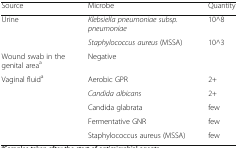
<table><thead><tr><td><b>Source</b></td><td><b>Microbe</b></td><td><b>Quantity</b></td></tr></thead><tbody><tr><td rowspan="2">Urine</td><td><i>Klebsiella pneumoniae subsp. pneumoniae</i></td><td>10^8</td></tr><tr><td><i>Staphylococcus aureus</i> (MSSA)</td><td>10^3</td></tr><tr><td>Wound swab in the genital area<sup>a</sup></td><td>Negative</td><td></td></tr><tr><td rowspan="5">Vaginal fluid<sup>a</sup></td><td>Aerobic GPR</td><td>2+</td></tr><tr><td><i>Candida albicans</i></td><td>2+</td></tr><tr><td>Candida glabrata</td><td>few</td></tr><tr><td>Fermentative GNR</td><td>few</td></tr><tr><td>Staphylococcus aureus (MSSA)</td><td>few</td></tr></tbody></table>